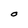
Character: O